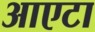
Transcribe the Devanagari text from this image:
आएटा